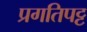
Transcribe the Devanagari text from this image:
प्रगतिपट्ट